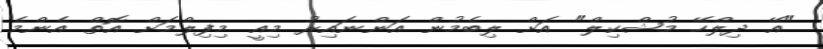
"އޭ ދިލްހޭ މުޝްކިލް" އަށް ލިބެމުން އަންނައިރު މިއީ މިފިލްމަށް އޮތް އެންމެ